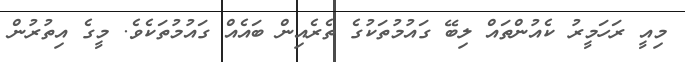
މިއީ ރަހަމީރު ކެއުންތައް ލިބޭ ގައުމުތަކުގެ ތެރެއިން ބައެއް ގައުމުތަކެވެ. މީގެ އިތުރުން